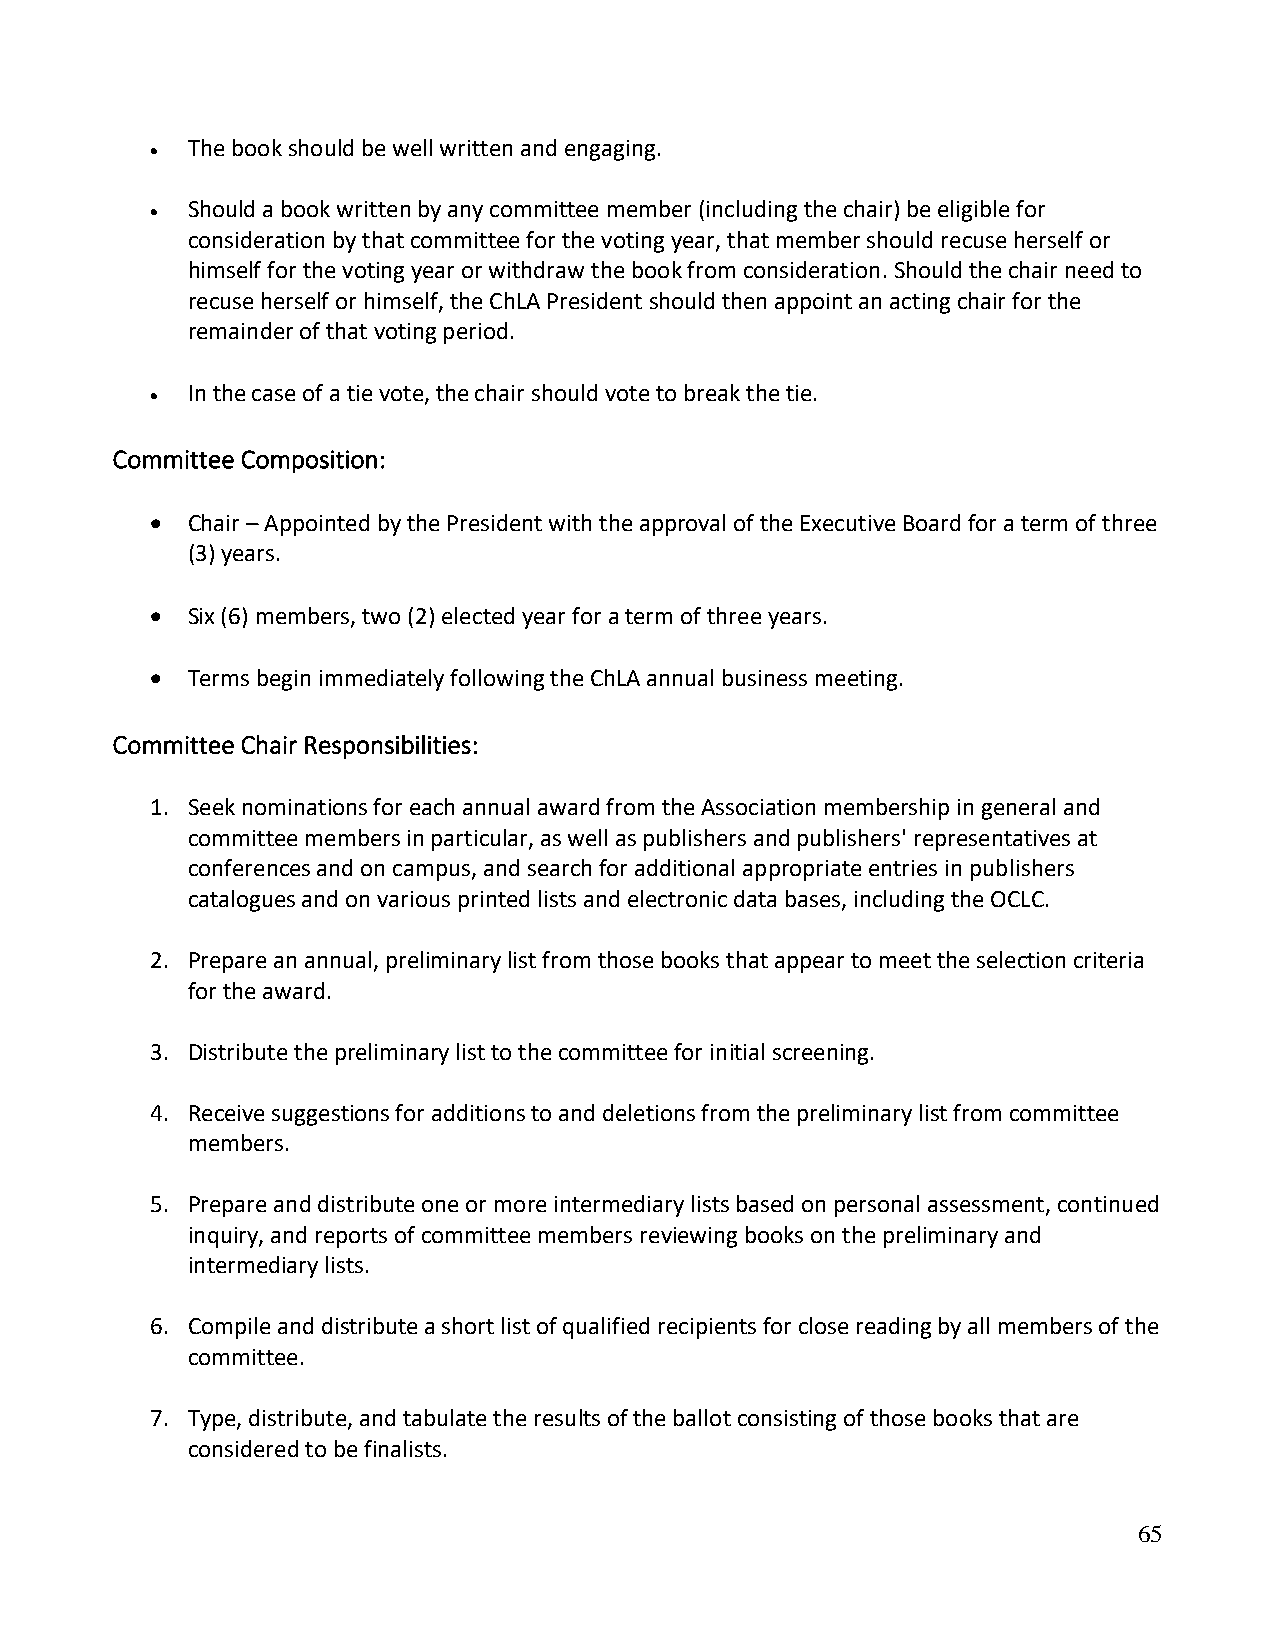
• The book should be well written and engaging.
 • Should a book written by any committee member (including the chair) be eligible for
 consideration by that committee for the voting year, that member should recuse herself or
 himself for the voting year or withdraw the book from consideration. Should the chair need to
 recuse herself or himself, the ChLA President should then appoint an acting chair for the
 remainder of that voting period.
 • In the case of a tie vote, the chair should vote to break the tie.
 Committee Composition:
 • Chair – Appointed by the President with the approval of the Executive Board for a term of three
 (3) years.
 • Six (6) members, two (2) elected year for a term of three years.
 • Terms begin immediately following the ChLA annual business meeting.
 Committee Chair Responsibilities:
 1. Seek nominations for each annual award from the Association membership in general and
 committee members in particular, as well as publishers and publishers' representatives at
 conferences and on campus, and search for additional appropriate entries in publishers
 catalogues and on various printed lists and electronic data bases, including the OCLC.
 2. Prepare an annual, preliminary list from those books that appear to meet the selection criteria
 for the award.
 3. Distribute the preliminary list to the committee for initial screening.
 4. Receive suggestions for additions to and deletions from the preliminary list from committee
 members.
 5. Prepare and distribute one or more intermediary lists based on personal assessment, continued
 inquiry, and reports of committee members reviewing books on the preliminary and
 intermediary lists.
 6. Compile and distribute a short list of qualified recipients for close reading by all members of the
 committee.
 7. Type, distribute, and tabulate the results of the ballot consisting of those books that are
 considered to be finalists.
 65